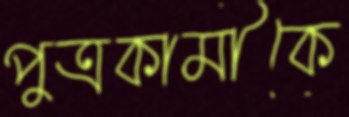
পুত্রকামীকে